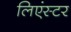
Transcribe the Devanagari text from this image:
लिएंस्टर